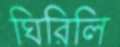
ঘিরিলি